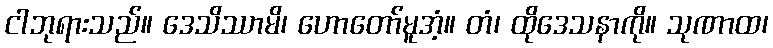
ငါဘုရားသည်။ ဒေသိဿာမိ၊ ဟောတော်မူအံ့။ တံ၊ ထိုဒေသနာကို။ သုဏာထ၊